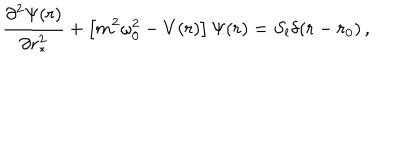
\frac { \partial ^ { 2 } \Psi ( r ) } { \partial r _ { * } ^ { 2 } } + \left\lbrack m ^ { 2 } \omega _ { 0 } ^ { 2 } - V ( r ) \right\rbrack \Psi ( r ) = S _ { l } \delta ( r - r _ { 0 } ) \, ,